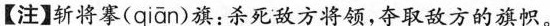
【注】]斩将寨(qiān)旗:杀死敌方将领,夺取敌方的旗帜。